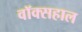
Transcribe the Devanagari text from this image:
वॉक्सहाल